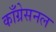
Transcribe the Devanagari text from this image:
काँग्रेसनल